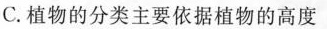
C. 植物的分类主要依据植物的高度